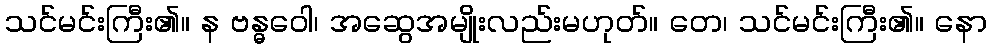
သင်မင်းကြီး၏။ န ဗန္ဓဝေါ၊ အဆွေအမျိုးလည်းမဟုတ်။ တေ၊ သင်မင်းကြီး၏။ နော